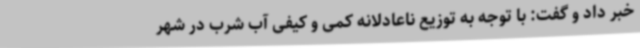
خبر داد و گفت: با توجه به توزیع ناعادلانه کمی و کیفی آب شرب در شهر